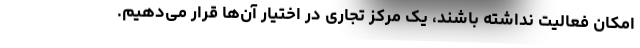
امکان فعالیت نداشته باشند، یک مرکز تجاری در اختیار آن‌ها قرار می‌دهیم.